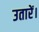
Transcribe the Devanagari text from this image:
उतारें।